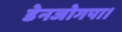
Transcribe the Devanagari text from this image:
डेनजोगपा।